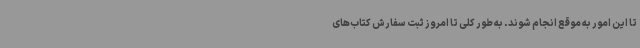
تا این امور به موقع انجام شوند. به طور کلی تا امروز ثبت سفارش کتاب‌های